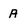
Character: A